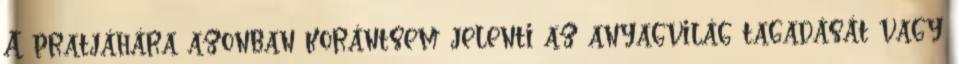
A pratjáhára azonban korántsem jelenti az anyagvilág tagadását vagy